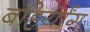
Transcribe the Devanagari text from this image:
बहिर्यांग